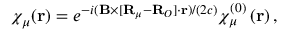
\chi _ { \mu } ( \mathbf { r } ) = e ^ { - i ( \mathbf { B } \times [ \mathbf { R } _ { \mu } - \mathbf { R } _ { O } ] \cdot \mathbf { r } ) / ( 2 c ) } \chi _ { \mu } ^ { ( 0 ) } \left( \mathbf { r } \right) ,